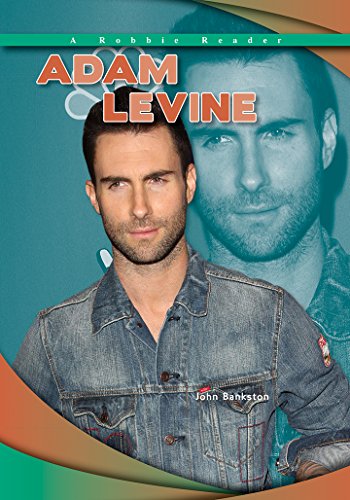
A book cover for Adam Levine (Robbie Reader Contemporary Biographies); John Bankston; Children's Books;